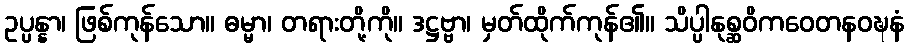
ဥပ္ပန္နာ၊ ဖြစ်ကုန်သော။ ဓမ္မာ၊ တရားတို့ကို။ ဒဋ္ဌဗ္ဗာ၊ မှတ်ထိုက်ကုန်၏။ သိပ္ပါနုစ္ဆဝိကဝေတနဝဍ္ဎနံ